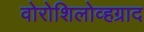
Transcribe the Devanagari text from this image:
वोरोशिलोव्हग्राद